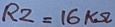
Text: R2=16KΩ